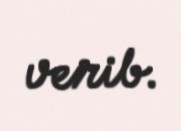
verib.